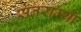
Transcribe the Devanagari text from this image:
सतराम्या